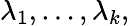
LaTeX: \lambda_{1},\dots,\lambda_{k},